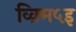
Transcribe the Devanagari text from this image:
व्क़्मि५इ